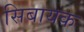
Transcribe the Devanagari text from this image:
सिबायक